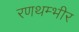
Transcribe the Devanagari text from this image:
रणथम्भीर